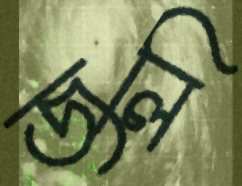
জলি